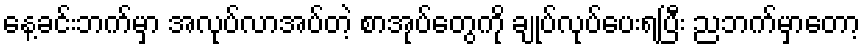
နေ့ခင်းဘက်မှာ အလုပ်လာအပ်တဲ့ စာအုပ်တွေကို ချုပ်လုပ်ပေးရပြီး ညဘက်မှာတော့